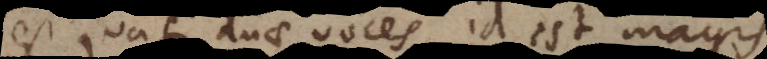
est quasi duae voces, id est magis